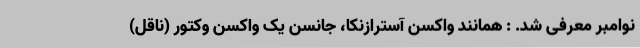
نوامبر معرفی شد. : همانند واکسن آسترازنکا، جانسن یک واکسن وکتور (ناقل)